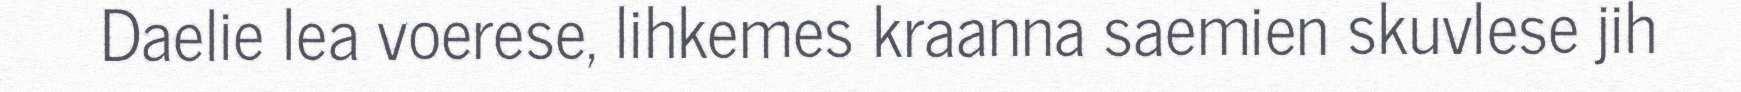
Daelie lea voerese, lihkemes kraanna saemien skuvlese jih